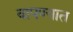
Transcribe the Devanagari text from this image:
वापण्यात